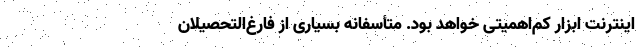
اینترنت ابزار کم‌اهمیتی خواهد بود. متأسفانه بسیاری از فارغ‌التحصیلان